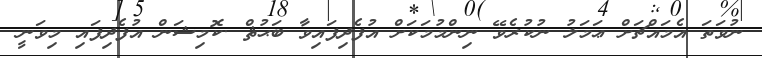
ނުވަތަ އެމައްޗަށް ޢަމަލު ނުކުރެވޭ ނިންމުމަކަށް އުފެދިފައިވާ ބަޙުޘް .ކޮމިޝަން އުފެދިފައި މިވަނީ